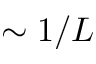
\sim 1 / L